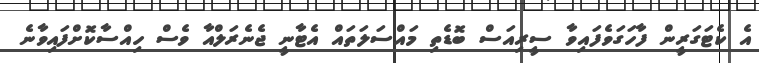
އެ ކެޓަގަރީން ފާހަގަވެފައިވާ ސީރިއަސް ބޮޑެތި މައްސަލަތައް އެޓާނީ ޖެނެރަލްއާ ވެސް ހިއްސާކޮށްފައިވާނެ